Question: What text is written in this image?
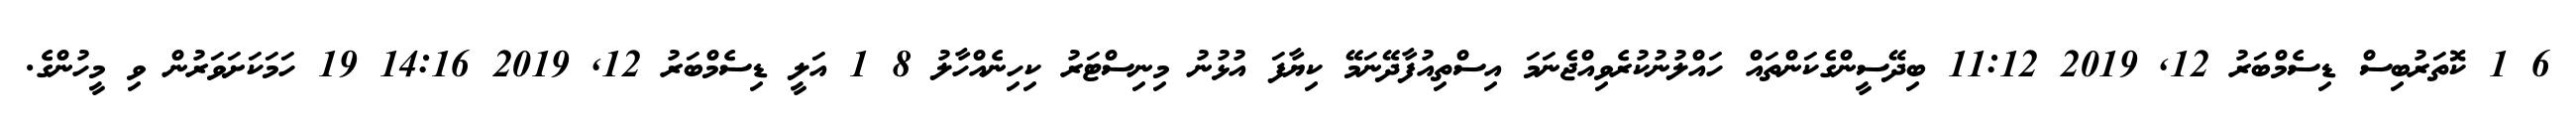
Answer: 6 1 ކޮތަރުބިސް ޑިސެމްބަރު 12, 2019 11:12 ބިދޭސީންގެކަންތައް ހައްލުނުކުރެވިއްޖެނަމަ އިސްތިއުފާދޭނަމޭ ކިޔާފަ އުޅުނު މިނިސްޓަރު ކިހިނެއްހާލު 8 1 އަލީ ޑިސެމްބަރު 12, 2019 14:16 19 ހަމަކަށަވަރުން ވި މީހުންގެ.